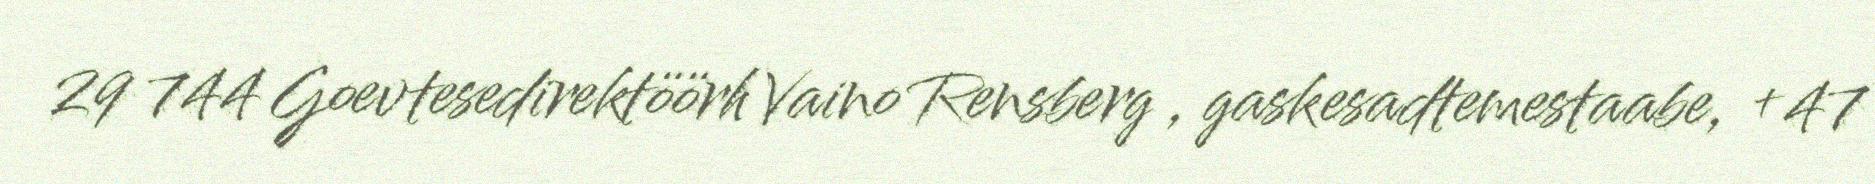
29 744 Goevtesedirektöörh Vaino Rensberg , gaskesadtemestaabe, +47